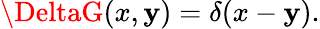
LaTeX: \DeltaG(x,\mathbf{y})=\delta(x-\mathbf{y}).